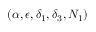
( \alpha , \epsilon , \delta _ { 1 } , \delta _ { 3 } , N _ { 1 } )